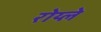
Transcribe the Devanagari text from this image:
रोय्ले